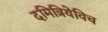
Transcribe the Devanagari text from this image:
दमित्रियेविच